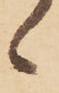
候